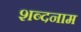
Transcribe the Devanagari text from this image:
शब्दनाम